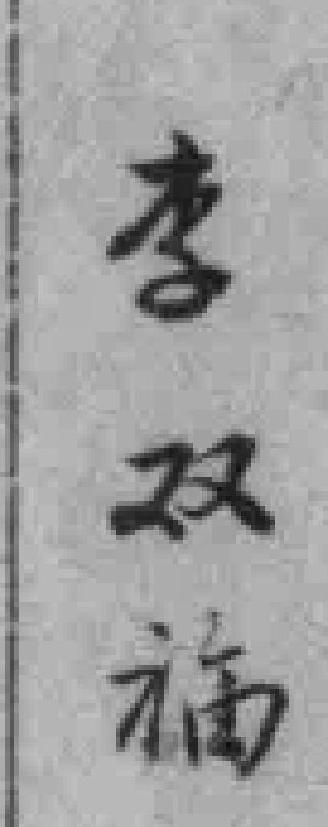
李双福